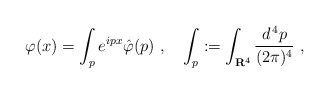
\begin{align*}\varphi (x) = \int_{p} e^{ipx} \hat \varphi (p) \ , \quad \int_{p} := \int_{\mathbf{R}^4} \frac{d^{\,4} p}{(2\pi)^4} \ ,\end{align*}